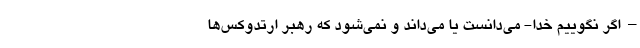
– اگر نگوییم خدا- می‌دانست یا می‌داند و نمی‌شود که رهبر ارتدوکس‌ها